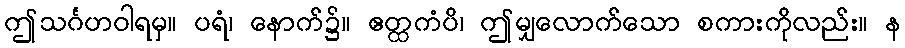
ဤသင်္ဂဟဝါရမှ။ ပရံ၊ နောက်၌။ ဧတ္ထကံပိ၊ ဤမျှလောက်သော စကားကိုလည်း။ န